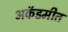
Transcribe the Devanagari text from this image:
अकॅडमीत